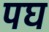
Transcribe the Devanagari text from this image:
पघ